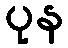
ပုန